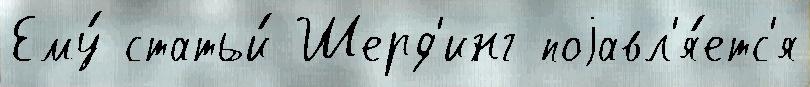
Ему́ статьи́ Шерд'инг поjавл'я́етс'я